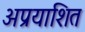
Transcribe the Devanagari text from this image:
अप्रयाशित